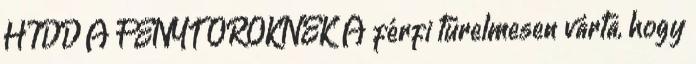
HIDD A FÉNYT ÖRÖKNEK A férfi türelmesen várta, hogy